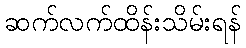
ဆက်လက်ထိန်းသိမ်းရန်